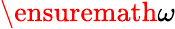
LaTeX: \ensuremath{\omega}